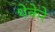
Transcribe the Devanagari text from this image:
थेकेरे